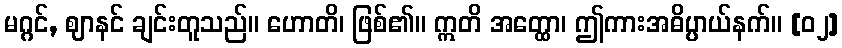
မဂ္ဂင်, ဈာနင် ချင်းတူသည်။ ဟောတိ၊ ဖြစ်၏။ ဣတိ အတ္ထော၊ ဤကားအဓိပ္ပာယ်နက်။ [၀၂]